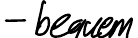
- bequem